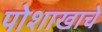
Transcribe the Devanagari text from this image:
पोशाखाचे